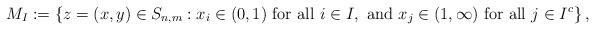
LaTeX: \begin{align*}M_I:=\left\{z=(x,y) \in S_{n,m}: x_i \in (0,1)\hbox{ for all } i \in I,\hbox{ and } x_j \in (1,\infty)\hbox{ for all } j \in I^c\right\},\end{align*}